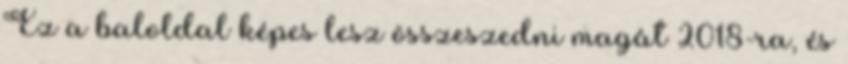
Ez a baloldal képes lesz összeszedni magát 2018-ra, és